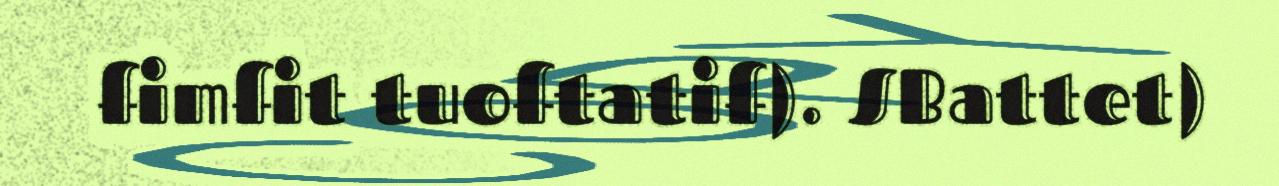
fimfit tuoftatif). SBattet)